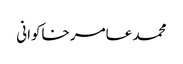
محمد عامر خاکوانی